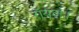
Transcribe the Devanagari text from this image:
रॉयल।